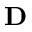
{ \bf D }